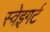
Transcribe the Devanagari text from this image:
स्वेइगर्ट